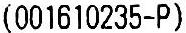
(001610235-P)